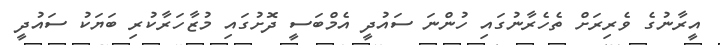
އީރާނުގެ ވެރިރަށް ތެހެރާނުގައި ހުންނަ ސައުދީ އެމްބަސީ ދޮށުގައި މުޒާހަރާކުރި ބަޔަކު ސައުދީ